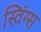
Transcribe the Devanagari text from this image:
स्विंग्स